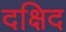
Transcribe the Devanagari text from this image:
दक्षिद